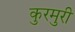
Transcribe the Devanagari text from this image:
कुरमुरी